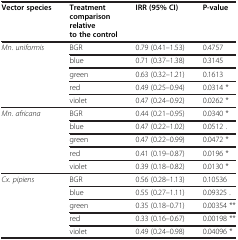
| Vector species | Treatment comparison relative to the control | IRR (95% CI) | P-value |
 | --- | --- | --- | --- |
 | <ROWSPAN=5> Mn. uniformis | BGR | 0.79 (0.41–1.53) | 0.4757 |
 | blue | 0.71 (0.37–1.38) | 0.3145 |
 | green | 0.63 (0.32–1.21) | 0.1613 |
 | red | 0.49 (0.25–0.94) | 0.0314 * |
 | violet | 0.47 (0.24–0.92) | 0.0262 * |
 | <ROWSPAN=5> Mn. africana | BGR | 0.44 (0.21–0.95) | 0.0340 * |
 | blue | 0.47 (0.22–1.02) | 0.0512 . |
 | green | 0.47 (0.22–0.99) | 0.0472 * |
 | red | 0.41 (0.19–0.87) | 0.0196 * |
 | violet | 0.39 (0.18–0.82) | 0.0130 * |
 | <ROWSPAN=5> Cx. pipiens | BGR | 0.56 (0.28–1.13) | 0.10536 |
 | blue | 0.55 (0.27–1.11) | 0.09325 . |
 | green | 0.35 (0.18–0.71) | 0.00354 ** |
 | red | 0.33 (0.16–0.67) | 0.00198 ** |
 | violet | 0.49 (0.24–0.98) | 0.04096 * |